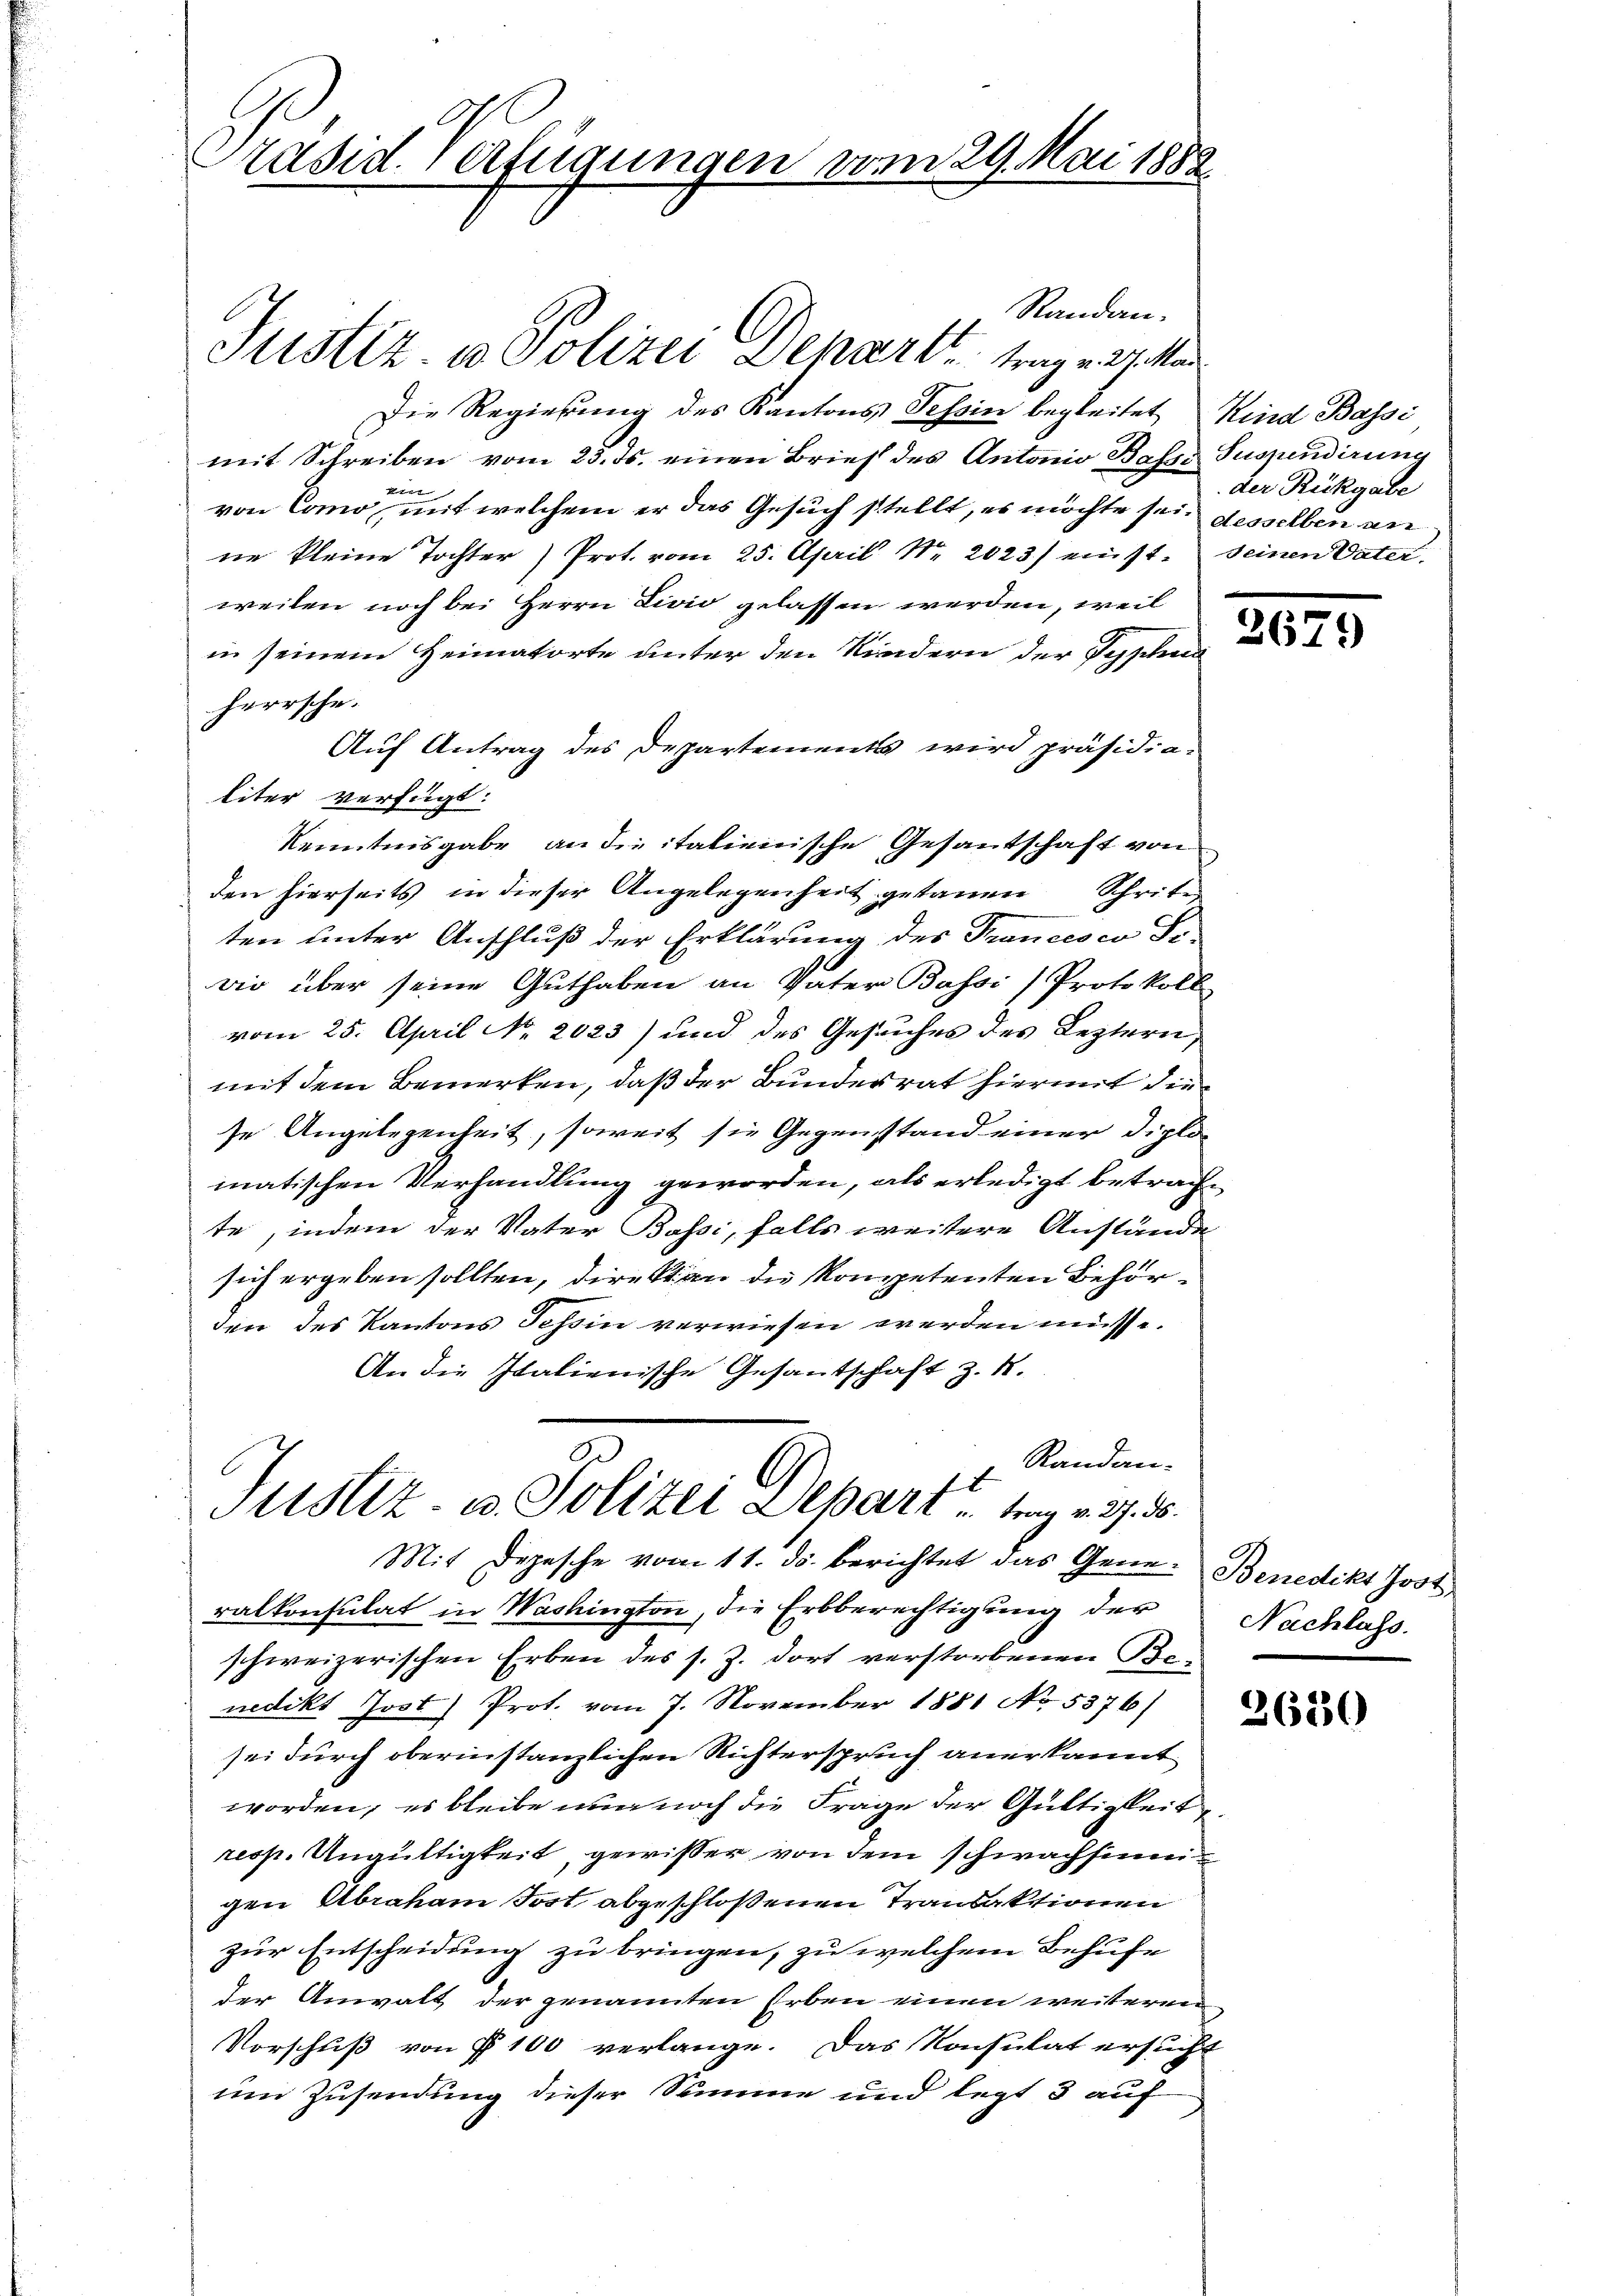
Präsid. Verfügungen vom 29. Mai 1882

Randan¬
Die Regierung des Kantons Tessin begleitet, Kind Bassi
mit Schreiben vom 23. ds. einen Brief des Antonio Basse Suspendirung
e
von Como, mit welchem er das Gesuch stellt, es möchte sei desselben anne kleine Tochter) Prot. vom 25. April Nr. 2023) einstweilen noch bei Herrn Livio gelassen werden, weil
in seinem Heimatorte unter den Kindern der Tepphi
herrsche.
Auf Antrag des Departements wird präsidia-
liter verfügt:
Kenntnisgabe an die italienische Gesantschaft von
den hierseits in dieser Angelegenheit getauen
Achertes
ten unter Anschluß der Erklärung des Francesco Sr.
Die über seine Guthaben an Vater Bassi) Protokoll
vom 25. April Nr. 2023) und des Gesuches des Leztern,
mit dem Bemerken, daß der Bundesrat hiermit die
se Angelegenheit, soweit sie Gegenstand einer Diplomatischen Verhandlung geworden, als erledigt betrachte, indem der Vater Bassi, falls weitere Anstände
sich ergeben sollten, direktion die kompetenten Behörden des Kantons Tessin verwiesen werden müsse.
An die Italienische Gesantschaft z. B.
Randan¬
Stistiz- u. Polizei Depart trag v. 27. 30.
Mit Depesche vom 11. ds. berichtet das Gene- Benedikt Jost
ralkonsulat in Washington, die Erbberechtigung der
schweizerischen Erben des s. Z. dort verstorbenen Be-
nedikt Jost) Prot. vom 7. November 1881 No 5376)
sei durch oberinstanzlichen Richterspruch anerkannt
worden, es bleibe nun noch die Frage der Gültigkeit
resp. Ungültigkeit gewisser von dem schwachsingen Abraham Jost abgeschloßenen Trandaktionen
zur Entscheidung zu bringen, zu welchem Behufe
der Anwalt der genannten Erben einen weiteren
Vorschuß von § 100 verlange. Das Konsulat ersucht
um Zusendung dieser Summe und legt 3 auf

Justiz u. Polizei Departt trag v. 27. Mar

der Rükgabe
seinen Vater

2679

Nachlass.

2630